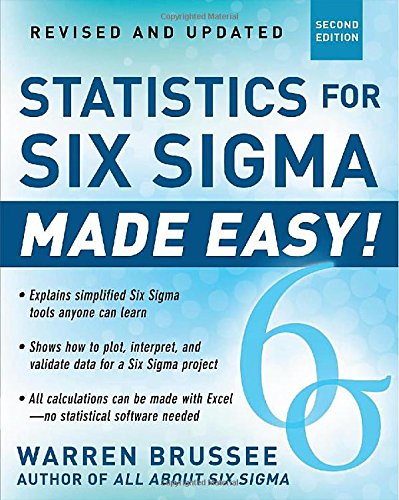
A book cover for Statistics for Six Sigma Made Easy! Revised and Expanded Second Edition; Warren Brussee; Business & Money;